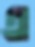
এ